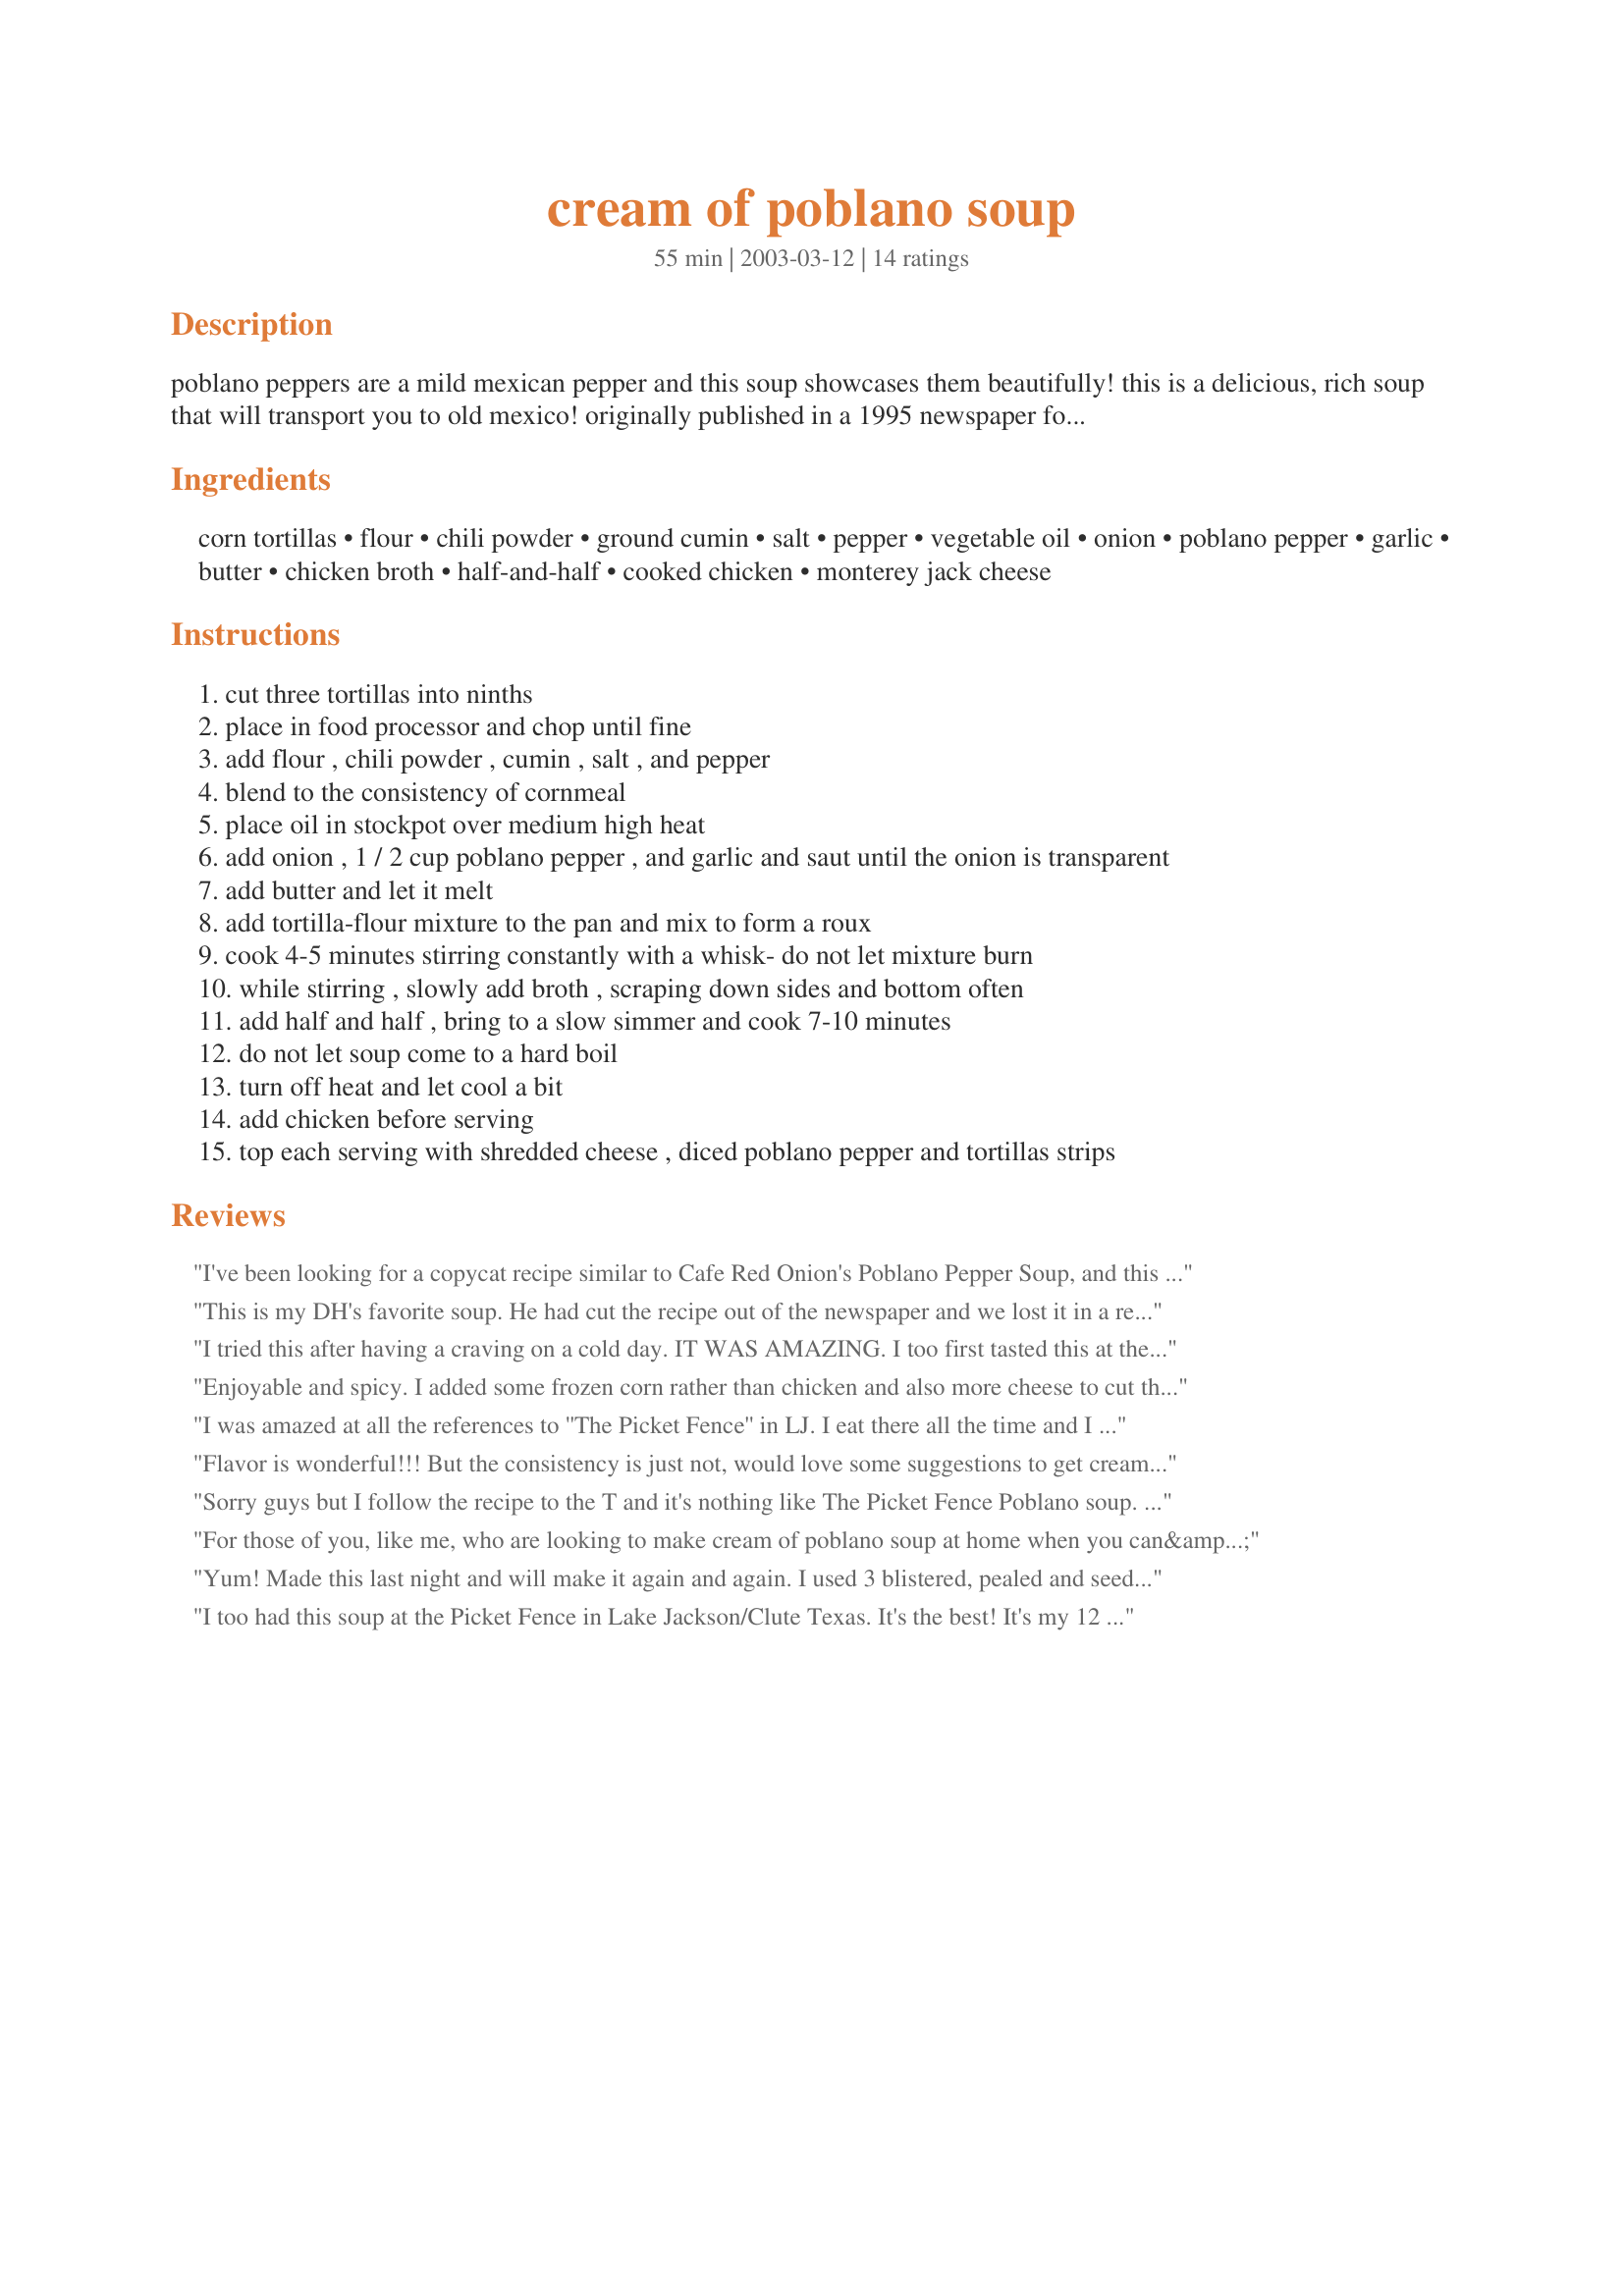
cream of poblano soup
Preparation time: 55 minutes

poblano peppers are a mild mexican pepper and this soup showcases them beautifully! this is a delicious, rich soup that will transport you to old mexico! originally published in a 1995 newspaper food section, from cavanaugh's restaurant in webster, texas.

Ingredients:
corn tortillas, flour, chili powder, ground cumin, salt, pepper, vegetable oil, onion, poblano pepper, garlic, butter, chicken broth, half-and-half, cooked chicken, monterey jack cheese

Steps:
cut three tortillas into ninths
place in food processor and chop until fine
add flour , chili powder , cumin , salt , and pepper
blend to the consistency of cornmeal
place oil in stockpot over medium high heat
add onion , 1 / 2 cup poblano pepper , and garlic and saut until the onion is transparent
add butter and let it melt
add tortilla-flour mixture to the pan and mix to form a roux
cook 4-5 minutes stirring constantly with a whisk- do not let mixture burn
while stirring , slowly add broth , scraping down sides and bottom often
add half and half , bring to a slow simmer and cook 7-10 minutes
do not let soup come to a hard boil
turn off heat and let cool a bit
add chicken before serving
top each serving with shredded cheese , diced poblano pepper and tortillas strips

Reviews:
I've been looking for a copycat recipe similar to Cafe Red Onion's Poblano Pepper Soup, and this was very close. It's delicious! Like Quiltersammy, I also blistered and removed the skin from the peppers before dicing them. With additional grilled chicken fajita strips on top and Southwestern salad on the side, this was a complete meal.
This is my DH's favorite soup. He had cut the recipe out of the newspaper and we lost it in a recent move. I was so grateful to find it here. Thanks Leslie!. I always double the recipe and it is amazingly MUCH better the second day.
I tried this after having a craving on a cold day. IT WAS AMAZING. I too first tasted this at the Picket Fence, and fell in love. You can purchase the Cajun crackers, although they go as Texas Firecrackers, (I got mine at a Buc-ees, you can probably Google them and find some near you.) These are excellent for dipping in the soup. :)
Enjoyable and spicy. I added some frozen corn rather than chicken and also more cheese to cut the heat of the pepper (I added a whole poblano). Thanks for sharing.
I was amazed at all the references to ''The Picket Fence'' in LJ. I eat there all the time and I LOVE their cream of poblano soup. Thats why I was looking online and found this recipe. <br/>I made it tonight and YUM! I couldnt get the ''roux'' to work out right but on the whole it turned out just as good as the Picket Fence's. I am going to add some corn and some jalapeno to the next recipe when I make it again. <br/>It has a really good flavor and texture to it. Great as a comfort food :)
Flavor is wonderful!!! But the consistency is just not, would love some suggestions to get creamier.
Sorry guys but I follow the recipe to the T and it's nothing like The Picket Fence Poblano soup. Here's what I didn't like about it: 1. The recipe called for a stock pot. It should have specified a size because I used mine and it huge. Lol 2. It made 3 regular size bowls of soup. I don't see how you can get 8 servings out of this. 5, maybe 6, definitely not 8 unless you're a baby. 3. At the roux part I was not- so- pleasantly surprised that my &quot;roux&quot; looked more like Stove Top Stuffing. It didn't start looking like roux until I added a cup of broth. 4. It's more sweet than spicy. I don't know what made it sweet but I used unsalted butter, regular corn tortillas, and regular half and half. I didn't care for the sweetness at all. You know, it being Poblano soup and all, I was looking for spice. 5. It turned out thick. Like porage. I let it slowly simmer for 7 minutes. Sadly, I'm still on the search for the perfect Cream of Poblano Soup.
For those of you, like me, who are looking to make cream of poblano soup at home when you can&#039;t get your &quot;fix&quot; at Picket Fence in Lake Jackson, this soup falls FAR from the mark. It isn&#039;t bad per say, but I don&#039;t consider it a viable at home replacement for Picket Fence&#039;s soup. It is way too thick and the spices are off. I will not be making this again.
Yum! Made this last night and will make it again and again. I used 3 blistered, pealed and seeded poblanos. For whatever reason.....they were picante. Generally they are mild. Not to worry, if you live in Texas.......picante is muy bueno!<br/>Next time I'm putting some whole corn in for a chowder type soup.
I too had this soup at the Picket Fence in Lake Jackson/Clute Texas. It's the best! It's my 12 year old daughters favorite.

Love it!
Delicious! I've had this soup at the Picket Fence in Lake Jackson, Texas~mine turned out with almost the exact flavor (I think they add more poblano). I'll be making this again--a double batch next time!
:)
ETA: After doubling the recipe, I had leftovers for the next day--and now I'll be making this soup a day ahead--the flavors were perfect! I did add an extra poblano pepper (3 total).
We thought the flavor of this soup was divine! Loved the idea of using corn tortillas in the roux--I'll try this method in my fave tortilla soup recipe. Only problem I had was one of my poblano peppers was 
REALLY hot (never had that happen before)so I added a can of tomatoes and more milk to dilute.
Everyone in my house loved this soup. I doubled the recipe, and added an entire extra poblano. I also melted in some low-fat cream cheese at the end to make it a bit creamier. Yum! Thanks for a great recipe.
enjoying my first bowl now. inadvertently omitted the chile powder and it's delicious anyway. it think it would be great with shrimp or black beans or even corn in place of the chicken. many possibilities for modifications.
